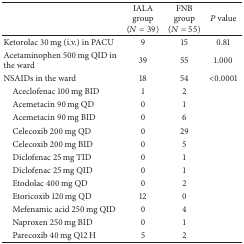
<table><thead><tr><td><b> </b></td><td><b>IALA group (<i>N</i> = 39)</b></td><td><b>FNB group (<i>N</i> = 55)</b></td><td><b><i>P</i> value</b></td></tr></thead><tbody><tr><td>Ketorolac 30 mg (i.v.) in PACU</td><td>9</td><td>15</td><td>0.81</td></tr><tr><td>Acetaminophen 500 mg QID in the ward</td><td>39</td><td>55</td><td>1.000</td></tr><tr><td>NSAIDs in the ward</td><td>18</td><td>54</td><td>&lt;0.0001</td></tr><tr><td> Aceclofenac 100 mg BID</td><td>1</td><td>2</td><td> </td></tr><tr><td> Acemetacin 90 mg QD</td><td>0</td><td>1</td><td> </td></tr><tr><td> Acemetacin 90 mg BID</td><td>0</td><td>6</td><td> </td></tr><tr><td> Celecoxib 200 mg QD</td><td>0</td><td>29</td><td> </td></tr><tr><td> Celecoxib 200 mg BID</td><td>0</td><td>5</td><td> </td></tr><tr><td> Diclofenac 25 mg TID</td><td>0</td><td>1</td><td> </td></tr><tr><td> Diclofenac 25 mg QID</td><td>0</td><td>1</td><td> </td></tr><tr><td> Etodolac 400 mg QD</td><td>0</td><td>2</td><td> </td></tr><tr><td> Etoricoxib 120 mg QD</td><td>12</td><td>0</td><td> </td></tr><tr><td> Mefenamic acid 250 mg QID</td><td>0</td><td>4</td><td> </td></tr><tr><td> Naproxen 250 mg BID</td><td>0</td><td>1</td><td> </td></tr><tr><td> Parecoxib 40 mg Q12 H</td><td>5</td><td>2</td><td> </td></tr></tbody></table>